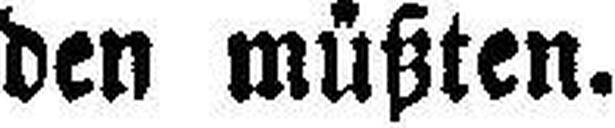
den müßten.